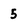
Character: 5